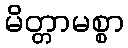
မိတ္တာမစ္စာ